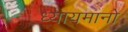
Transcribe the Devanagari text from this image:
ध्यायमानो